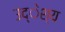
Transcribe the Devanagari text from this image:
उद्ेश्य